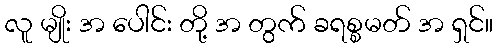
လူ မျိုး အ ပေါင်း တို့ အ တွက် ခရစ္စမတ် အ ရှင်။